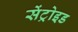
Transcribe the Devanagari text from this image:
सेंट्रोइड